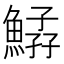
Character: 𩹆